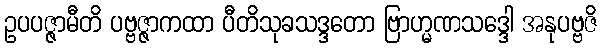
ဥပပဇ္ဇာမီတိ ပဗ္ဗဇ္ဇာကထာ ပီတိသုခသဒ္ဒတော ဗြာဟ္မဏသဒ္ဒေါ အနုပဗ္ဗဇိ